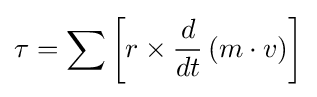
\tau =\sum \left[r\times {\frac {d}{dt}}\left(m\cdot v\right)\right]